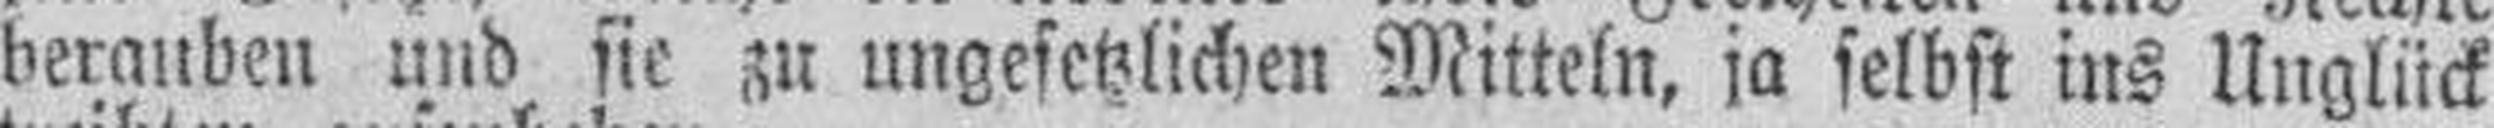
berauben und sie zu ungesetzlichen Mitteln, ja selbst ins Unglück